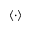
\langle \cdot \rangle